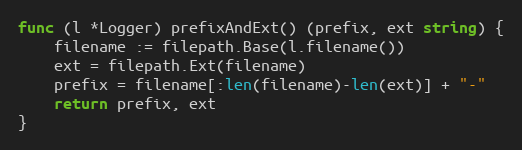
Language: Go
func (l *Logger) prefixAndExt() (prefix, ext string) {
	filename := filepath.Base(l.filename())
	ext = filepath.Ext(filename)
	prefix = filename[:len(filename)-len(ext)] + "-"
	return prefix, ext
}